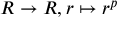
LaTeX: R \to R , r \mapsto r ^ { p }